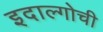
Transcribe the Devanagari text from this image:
इदाल्गोची